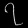
Digit: ၇